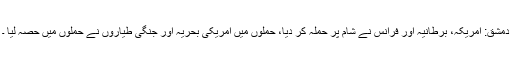
دمشق: امریکہ، برطانیہ اور فرانس نے شام پر حملہ کر دیا، حملوں میں امریکی بحریہ اور جنگی طیاروں نے حملوں میں حصہ لیا ۔